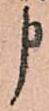
申